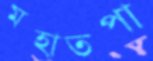
মহাতপা